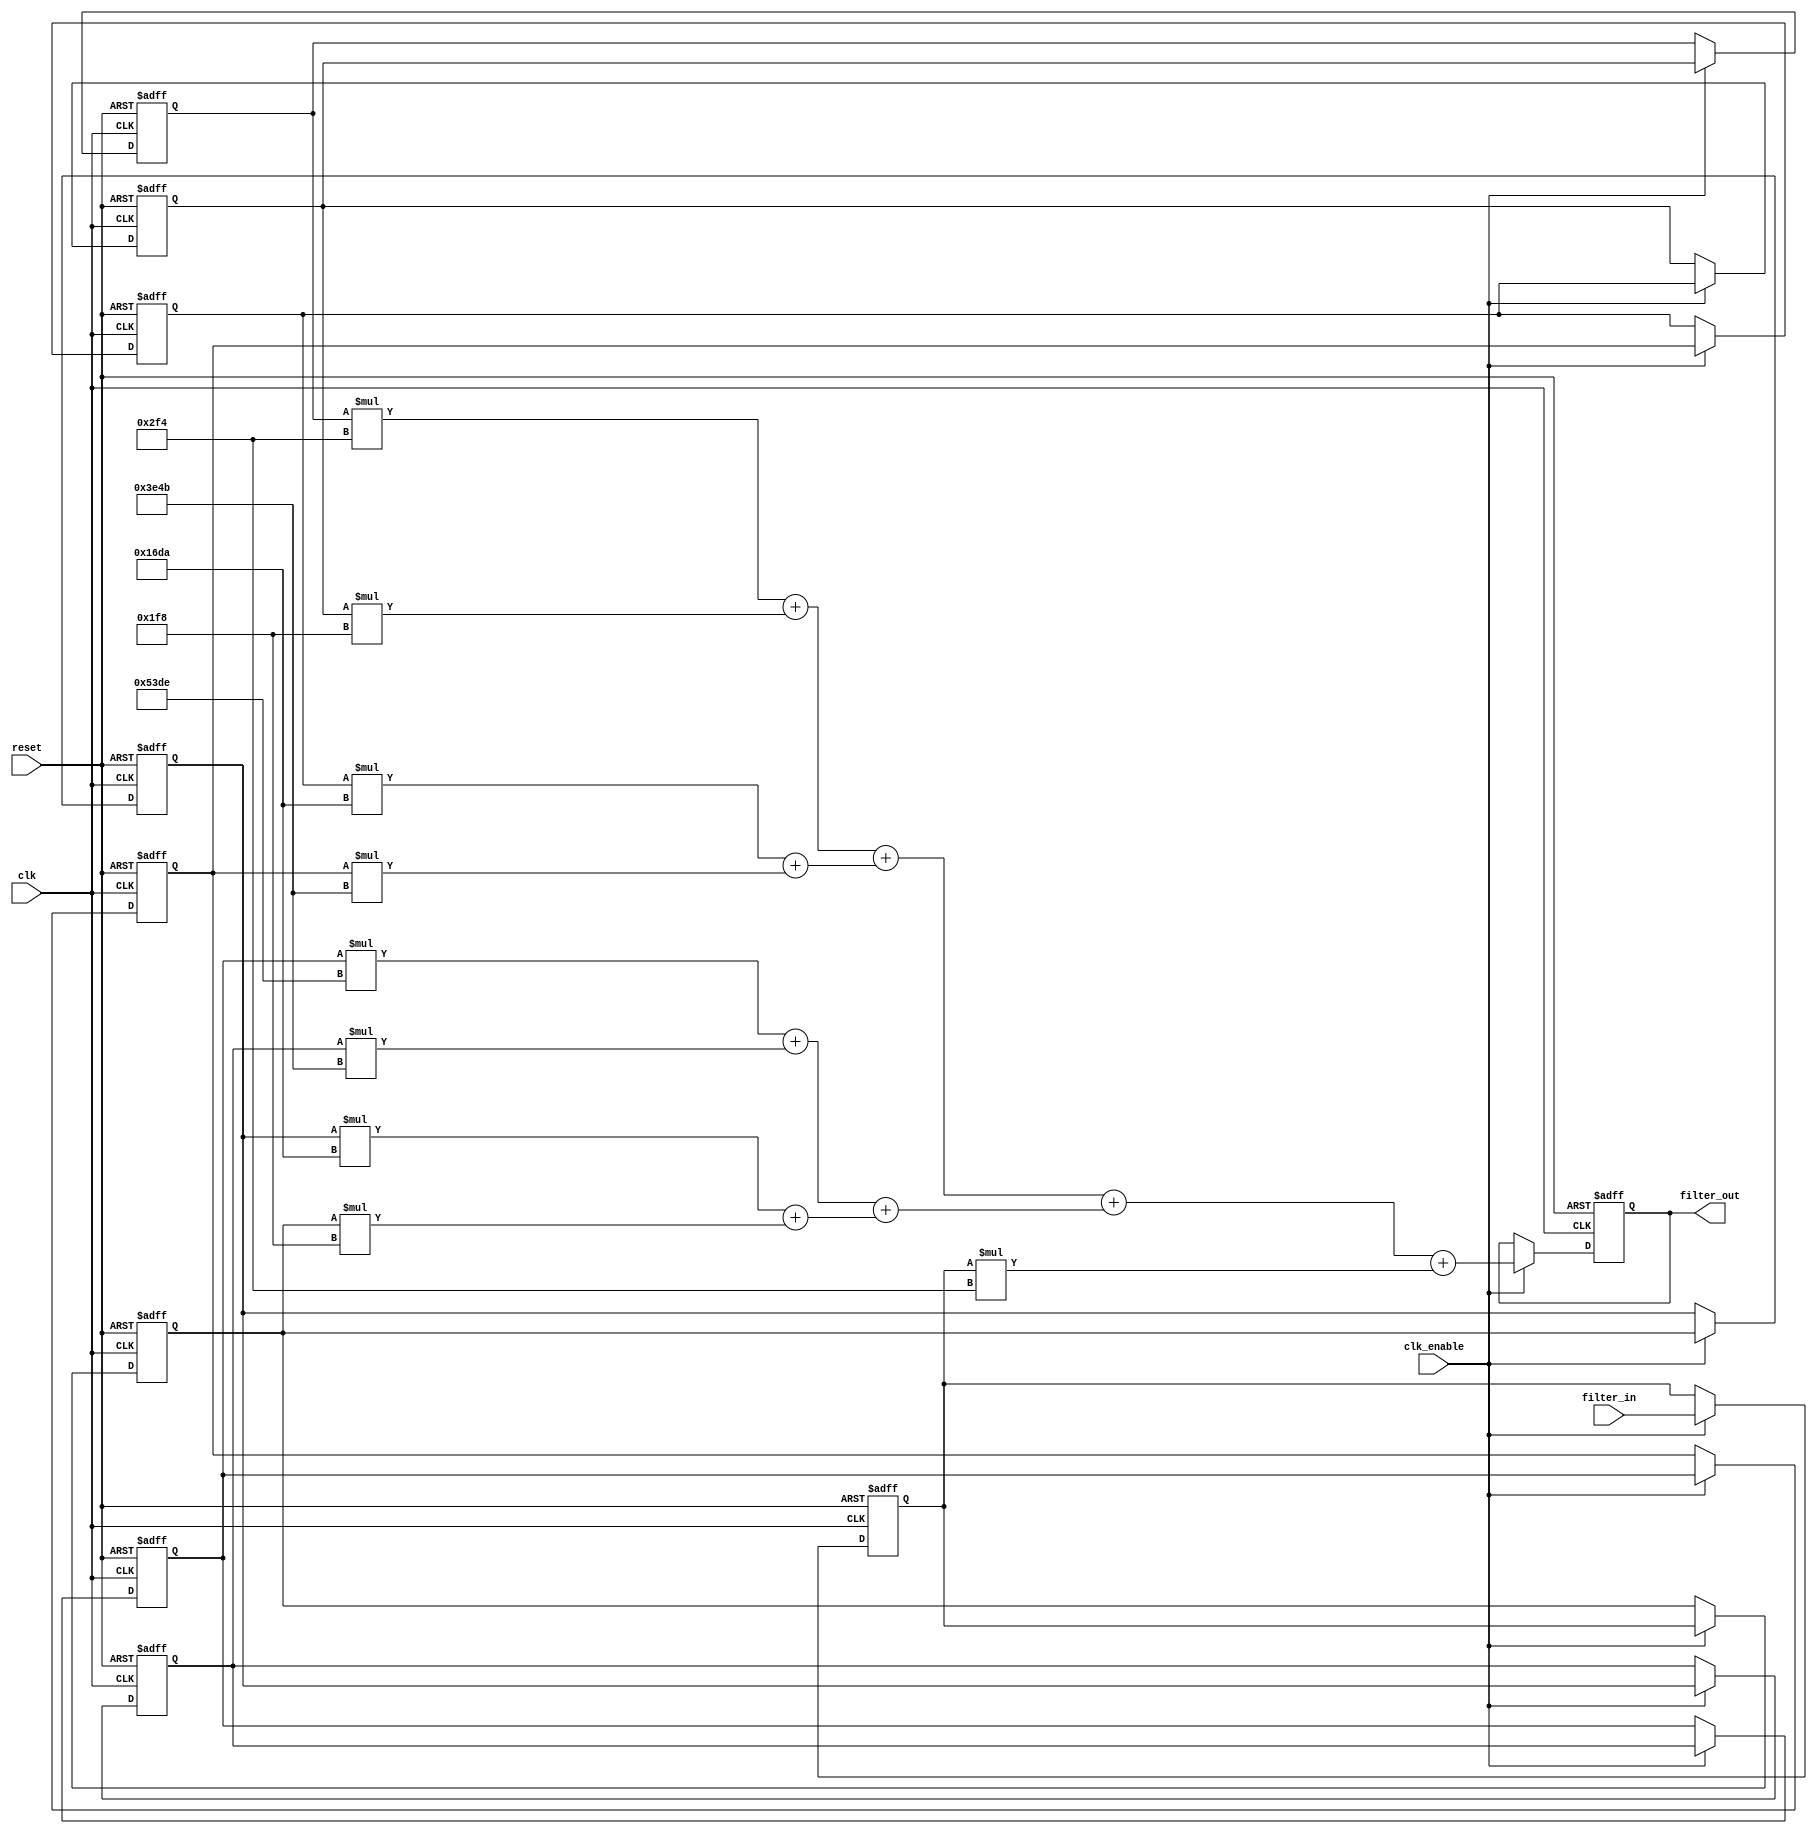
`timescale 1 ns / 1 ns

module DF_Fir_Tree
               (
                clk,
                clk_enable,
                reset,
                filter_in,
                filter_out
                );

  input   clk; 
  input   clk_enable; 
  input   reset; 
  input   signed [15:0] filter_in; 
  output  signed [32:0] filter_out;

  // Filter Coefficients
  parameter signed [15:0] coeff1 = 16'b1111111011110100;
  parameter signed [15:0] coeff2 = 16'b0000000111111000;
  parameter signed [15:0] coeff3 = 16'b0001011011011010;
  parameter signed [15:0] coeff4 = 16'b0011111001001011;
  parameter signed [15:0] coeff5 = 16'b0101001111011110;
  parameter signed [15:0] coeff6 = 16'b0011111001001011;
  parameter signed [15:0] coeff7 = 16'b0001011011011010;
  parameter signed [15:0] coeff8 = 16'b0000000111111000;
  parameter signed [15:0] coeff9 = 16'b1111111011110100;

  // Internal Signals
  reg  signed [15:0] delay_pipeline [0:8];

  wire signed [30:0] product9, product8, product7,
                     product6, product5, product4,
                     product3, product2, product1;

  wire signed [31:0] mul_temp, mul_temp_1, mul_temp_2,
                     mul_temp_3, mul_temp_4, mul_temp_5,
                     mul_temp_6,mul_temp_7, mul_temp_8;

  wire signed [32:0] sum1_1, sum1_2, sum1_3,
                     sum1_4, sum2_1, sum2_2,
                     sum3_1, sum4_1;

  wire signed [30:0] add_signext, add_signext_1,  add_signext_2,
                     add_signext_3,  add_signext_4,  add_signext_5,  
                     add_signext_6,  add_signext_7; 

  wire signed [32:0] add_signext_8, add_signext_9, add_signext_10, 
                     add_signext_11, add_signext_12, add_signext_13, 
                     add_signext_14, add_signext_15; 

  wire signed [31:0] add_temp, add_temp_1, add_temp_2, add_temp_3;
  wire signed [33:0] add_temp_4, add_temp_5, add_temp_6, add_temp_7; 
  
  reg  signed [32:0] output_register; 

  // Block Statements
  always @( posedge clk or posedge reset)
    begin
      if (reset == 1'b1) begin
        delay_pipeline[0] <= 0;
        delay_pipeline[1] <= 0;
        delay_pipeline[2] <= 0;
        delay_pipeline[3] <= 0;
        delay_pipeline[4] <= 0;
        delay_pipeline[5] <= 0;
        delay_pipeline[6] <= 0;
        delay_pipeline[7] <= 0;
        delay_pipeline[8] <= 0;
        output_register <= 0;
      end
      else begin
        if (clk_enable == 1'b1) begin
          delay_pipeline[0] <= filter_in;
          delay_pipeline[1] <= delay_pipeline[0];
          delay_pipeline[2] <= delay_pipeline[1];
          delay_pipeline[3] <= delay_pipeline[2];
          delay_pipeline[4] <= delay_pipeline[3];
          delay_pipeline[5] <= delay_pipeline[4];
          delay_pipeline[6] <= delay_pipeline[5];
          delay_pipeline[7] <= delay_pipeline[6];
          delay_pipeline[8] <= delay_pipeline[7];
          output_register <= sum4_1;
        end
      end
    end 

  //Multiplication Operations  
  assign mul_temp = delay_pipeline[8] * coeff9;
  assign product9 = mul_temp[30:0];

  assign mul_temp_1 = delay_pipeline[7] * coeff8;
  assign product8 = mul_temp_1[30:0];

  assign mul_temp_2 = delay_pipeline[6] * coeff7;
  assign product7 = mul_temp_2[30:0];

  assign mul_temp_3 = delay_pipeline[5] * coeff6;
  assign product6 = mul_temp_3[30:0];

  assign mul_temp_4 = delay_pipeline[4] * coeff5;
  assign product5 = mul_temp_4[30:0];

  assign mul_temp_5 = delay_pipeline[3] * coeff4;
  assign product4 = mul_temp_5[30:0];

  assign mul_temp_6 = delay_pipeline[2] * coeff3;
  assign product3 = mul_temp_6[30:0];

  assign mul_temp_7 = delay_pipeline[1] * coeff2;
  assign product2 = mul_temp_7[30:0];

  assign mul_temp_8 = delay_pipeline[0] * coeff1;
  assign product1 = mul_temp_8[30:0];

  //Addition Operations
  assign add_signext = product9;
  assign add_signext_1 = product8;
  assign add_temp = add_signext + add_signext_1;
  assign sum1_1 = $signed({{1{add_temp[31]}}, add_temp});

  assign add_signext_2 = product7;
  assign add_signext_3 = product6;
  assign add_temp_1 = add_signext_2 + add_signext_3;
  assign sum1_2 = $signed({{1{add_temp_1[31]}}, add_temp_1});

  assign add_signext_4 = product5;
  assign add_signext_5 = product4;
  assign add_temp_2 = add_signext_4 + add_signext_5;
  assign sum1_3 = $signed({{1{add_temp_2[31]}}, add_temp_2});

  assign add_signext_6 = product3;
  assign add_signext_7 = product2;
  assign add_temp_3 = add_signext_6 + add_signext_7;
  assign sum1_4 = $signed({{1{add_temp_3[31]}}, add_temp_3});

  assign add_signext_8 = sum1_1;
  assign add_signext_9 = sum1_2;
  assign add_temp_4 = add_signext_8 + add_signext_9;
  assign sum2_1 = add_temp_4[32:0];

  assign add_signext_10 = sum1_3;
  assign add_signext_11 = sum1_4;
  assign add_temp_5 = add_signext_10 + add_signext_11;
  assign sum2_2 = add_temp_5[32:0];

  assign add_signext_12 = sum2_1;
  assign add_signext_13 = sum2_2;
  assign add_temp_6 = add_signext_12 + add_signext_13;
  assign sum3_1 = add_temp_6[32:0];

  assign add_signext_14 = sum3_1;
  assign add_signext_15 = $signed({{2{product1[30]}}, product1});
  assign add_temp_7 = add_signext_14 + add_signext_15;
  assign sum4_1 = add_temp_7[32:0];

  // Assignment Statements
  assign filter_out = output_register;
endmodule  // DF_Fir_Tree